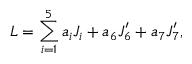
{ \cal L } = \sum _ { i = 1 } ^ { 5 } a _ { i } J _ { i } + a _ { 6 } J _ { 6 } ^ { \prime } + a _ { 7 } J _ { 7 } ^ { \prime } ,